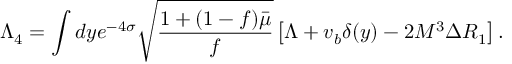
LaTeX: \Lambda _ { 4 } = \int d y e ^ { - 4 \sigma } \sqrt { \frac { 1 + ( 1 - f ) \bar { \mu } } { f } } \left[ \Lambda + v _ { b } \delta ( y ) - 2 M ^ { 3 } \Delta R _ { 1 } \right] .